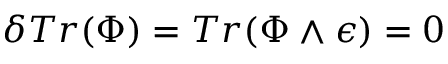
\delta T r ( \Phi ) = T r ( \Phi \wedge \epsilon ) = 0